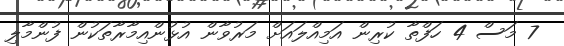
7 މަސް 4 ހަފްތާ ކުރިން އަމިއްލައަށް މަރުވާން އުޅުންއިމާރާތަކުން ފުންމާލި